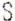
S